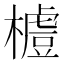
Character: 𣛼